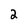
Character: 2